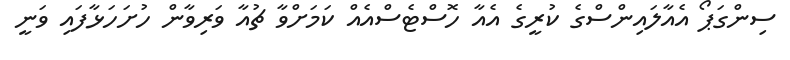
ސިންގަޕޯ އެއާލައިންސްގެ ކުރީގެ އެއާ ހޮސްޓެސްއެއް ކަމަށްވާ ޗުއާ ވަރިވާން ހުށަހަޅާފައި ވަނީ